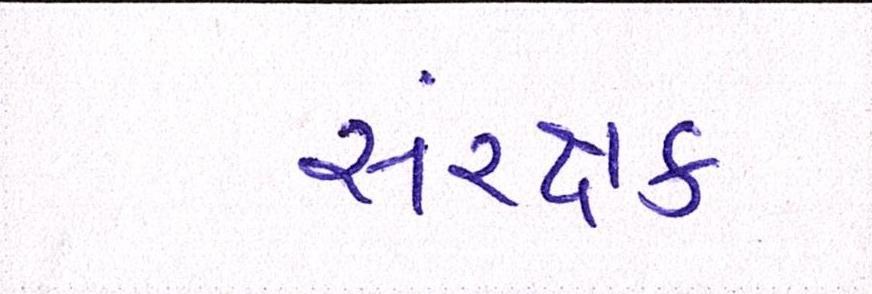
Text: સંરક્ષક